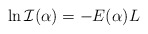
\begin{align*}\ln {\cal I}(\alpha)=-E(\alpha)L\end{align*}